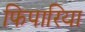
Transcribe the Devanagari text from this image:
फिपारिया